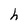
Character: h